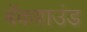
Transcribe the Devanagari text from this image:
बॅकग्राउंड